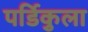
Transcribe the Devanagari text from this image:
पर्डिकुला